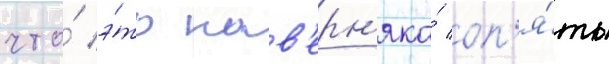
что́ э́то нав'ерн'яка́ оп'я́ть